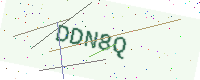
Text: DDN8Q